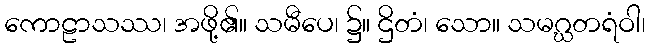
ကောဠာသဿ၊ အဖို့၏။ သမီပေ၊ ၌။ ဌိတံ၊ သော။ သမဂ္ဃတရံဝါ၊